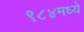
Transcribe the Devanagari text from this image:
९८४मध्ये